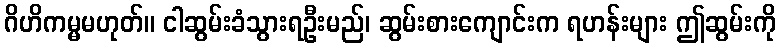
ဂိဟိကမ္မမဟုတ်။ ငါဆွမ်းခံသွားရဦးမည်၊ ဆွမ်းစားကျောင်းက ရဟန်းများ ဤဆွမ်းကို